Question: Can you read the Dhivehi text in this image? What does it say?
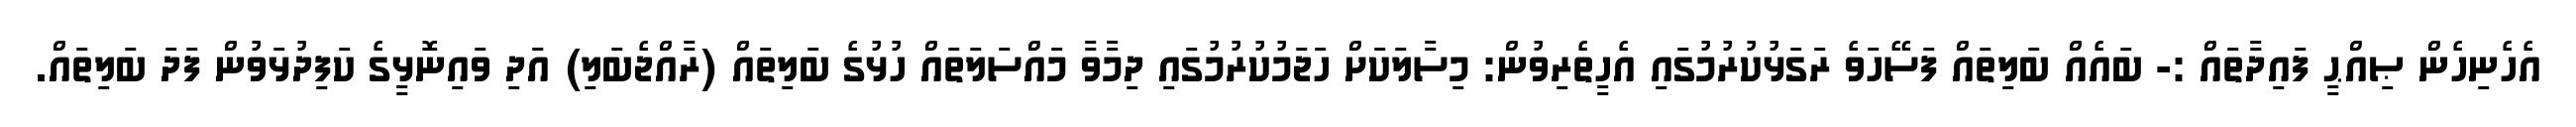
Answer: އެހެނިހެން ޞިއްޙީ ފައިދާތައް :- ބައެއް ބަލިތައް ފަސޭހަވެ ރަގަޅުކުރުމުގައި އެހީތެރިވުން: މިސާލަކަށް ހަޖަމުކުރުމުގައި ދިމާވާ މައްސަލަތައް ހުޅުގެ ބަލިތައް (ރާއްޖެބަލި) އަދި ވައިނޮޅީގެ ކަފިދުޅަވުން ފަދަ ބަލިތައް.